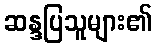
ဆန္ဒပြသူများ၏